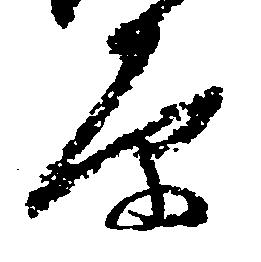
原